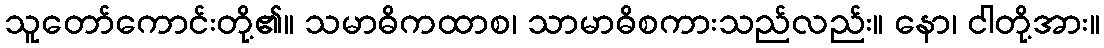
သူတော်ကောင်းတို့၏။ သမာဓိကထာစ၊ သာမာဓိစကားသည်လည်း။ နော၊ ငါတို့အား။